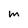
Character: m